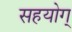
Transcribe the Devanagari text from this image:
सहयोग्